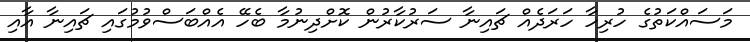
މަސައްކަތުގެ ހުރިހާ ހަރަދެއް ޗައިނާ ސަރުކާރުން ކޮށްދިނުމާ ބެހޭ އެއްބަސްވުމުގައި ޗައިނާ އާއި